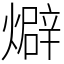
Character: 𤐙